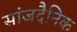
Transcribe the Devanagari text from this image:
सांजदैनिक